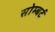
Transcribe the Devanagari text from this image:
सोम्बर्ट